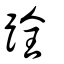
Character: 跧